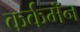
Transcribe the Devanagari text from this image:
कर्कमॅन